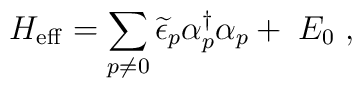
H_{{\rm eff}}=\sum_{p\neq 0}\widetilde{\epsilon }_p\alpha _p^{\dagger}\alpha _p+\;E_0\;,